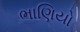
ભાણિયો